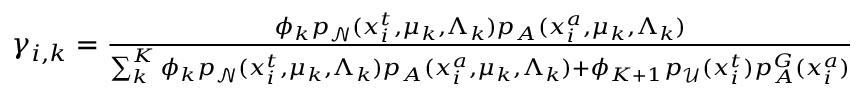
\begin{array} { r } { \gamma _ { i , k } = \frac { \phi _ { k } p _ { \mathcal N } ( x _ { i } ^ { t } , \mu _ { k } , \Lambda _ { k } ) p _ { A } ( x _ { i } ^ { a } , \mu _ { k } , \Lambda _ { k } ) } { \sum _ { k } ^ { K } \phi _ { k } p _ { \mathcal N } ( x _ { i } ^ { t } , \mu _ { k } , \Lambda _ { k } ) p _ { A } ( x _ { i } ^ { a } , \mu _ { k } , \Lambda _ { k } ) + \phi _ { K + 1 } p _ { \mathcal { U } } ( x _ { i } ^ { t } ) p _ { A } ^ { G } ( x _ { i } ^ { a } ) } } \end{array}